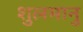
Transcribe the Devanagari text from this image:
शुलमानु